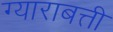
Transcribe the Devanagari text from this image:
ग्याराबत्ती